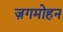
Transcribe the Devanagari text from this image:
ज़गमोहन